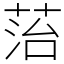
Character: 菭